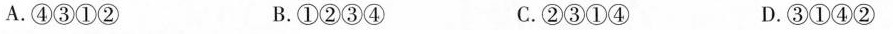
A.④③①② B.①②③④ C.②③①④ D.③①④②